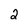
Character: 2